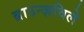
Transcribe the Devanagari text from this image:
ब्राउन्ज़विले